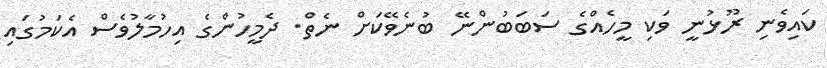
ކައިވެނި ރޫޅުނީ ވަކި މީހެއްގެ ސަބަބުންނޭ ބުނެވޭކަށް ނެތް. ދެމީހުންގެ އިހުމާލުވެސް އެކަމުގައި